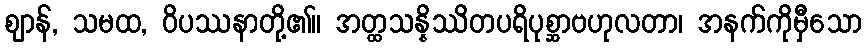
ဈာန်, သမထ, ဝိပဿနာတို့၏။ အတ္ထသန္နိဿိတပရိပုစ္ဆာဗဟုလတာ၊ အနက်ကိုမှီသော